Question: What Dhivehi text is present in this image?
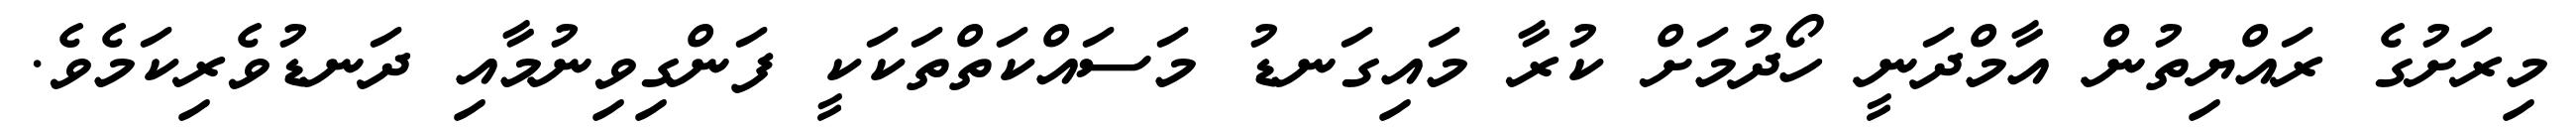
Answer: މިރަށުގެ ރައްޔިތުން އާމްދަނީ ހޯދުމަށް ކުރާ މައިގަނޑު މަސައްކަތްތަކަކީ ފަންގިވިނުމާއި ދަނޑުވެރިކަމެވެ.